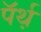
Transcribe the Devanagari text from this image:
पॅर्थ़